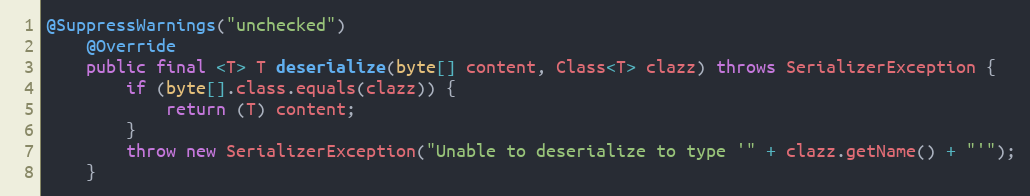
Language: Java
@SuppressWarnings("unchecked")
    @Override
    public final <T> T deserialize(byte[] content, Class<T> clazz) throws SerializerException {
        if (byte[].class.equals(clazz)) {
            return (T) content;
        }
        throw new SerializerException("Unable to deserialize to type '" + clazz.getName() + "'");
    }